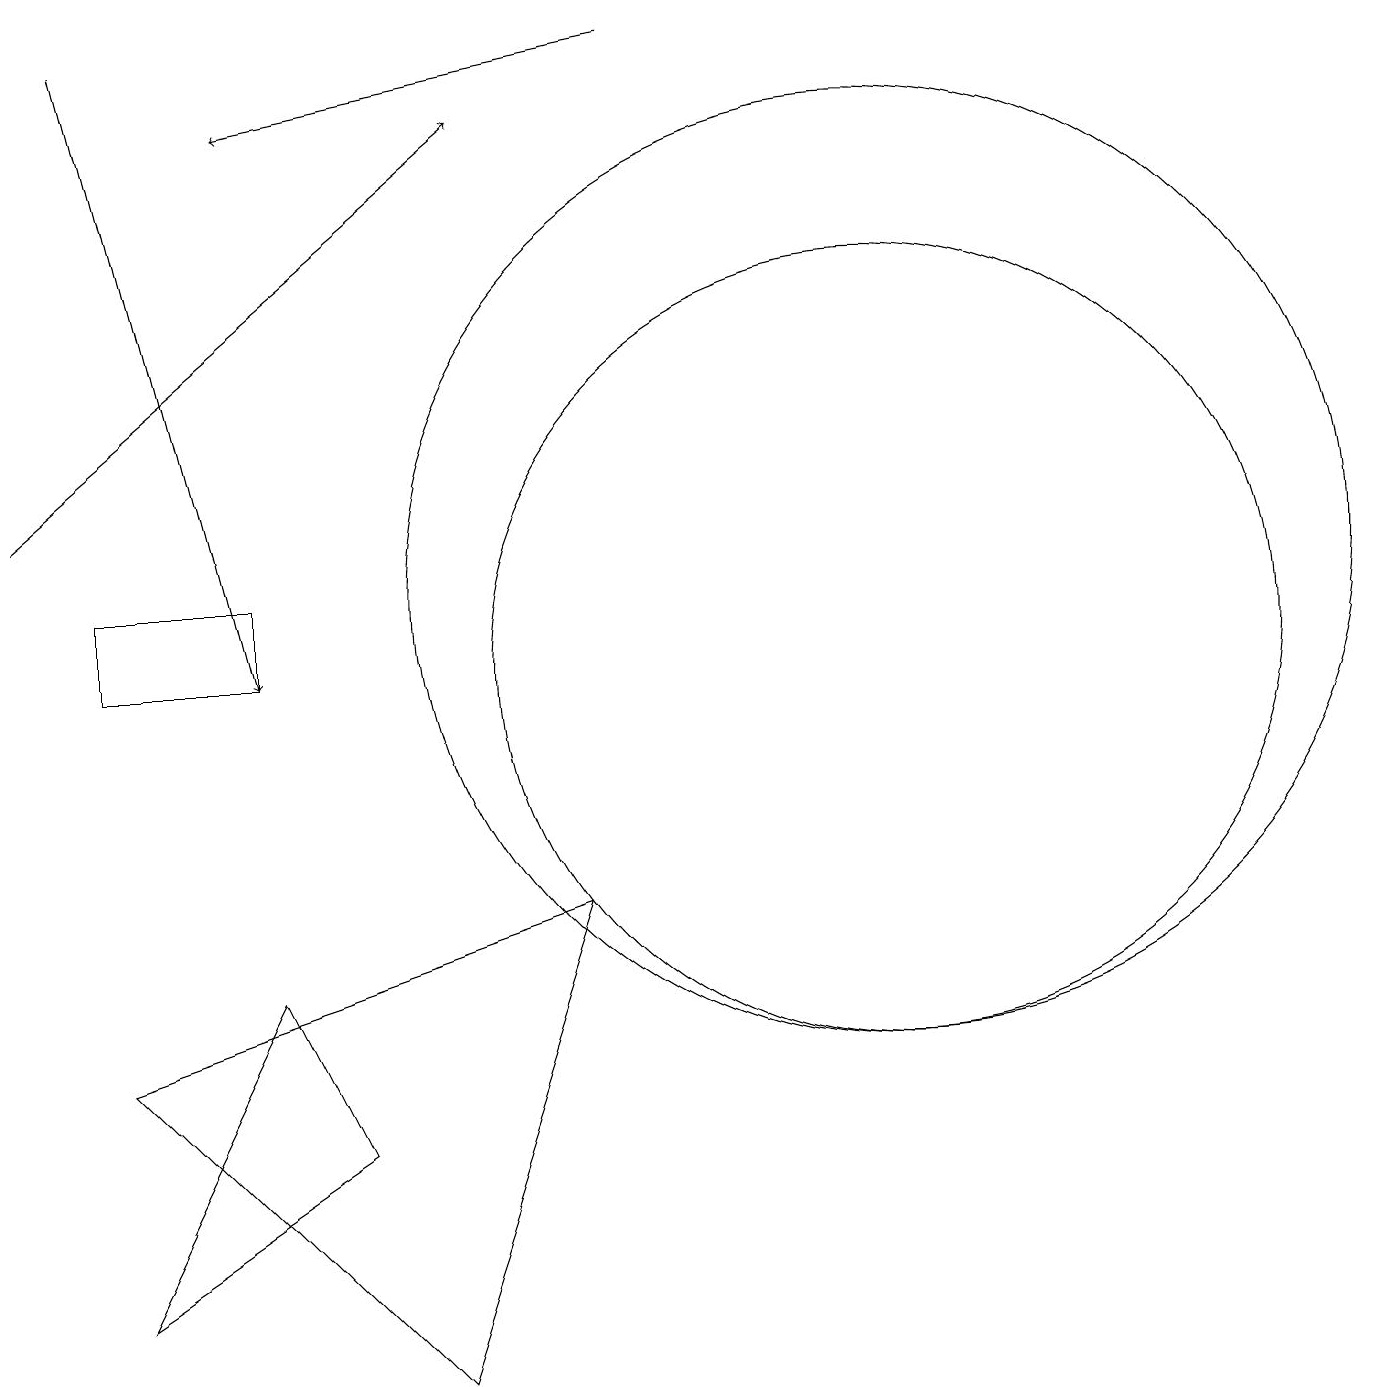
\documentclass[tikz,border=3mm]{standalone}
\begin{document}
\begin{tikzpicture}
\draw (11,10) circle (5);
\draw (5,1) -- (1,5) -- (7,7) -- cycle;
\draw (3,11) rectangle (1,10);
\draw[->] (0,12) -- (6,17);
\draw[->] (1,18) -- (3,10);
\draw[->] (8,18) -- (3,17);
\draw (4,4) -- (1,2) -- (3,6) -- cycle;
\draw (11,11) circle (6);
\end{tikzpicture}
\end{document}